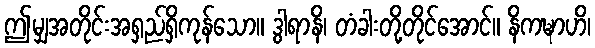
ဤမျှအတိုင်းအရှည်ရှိကုန်သော။ ဒွါရာနိ၊ တံခါးတို့တိုင်အောင်။ နိကဍ္ဎာဟိ၊